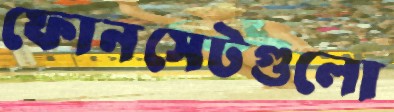
ফোনসেটগুলো